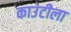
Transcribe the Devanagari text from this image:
काउंटीला